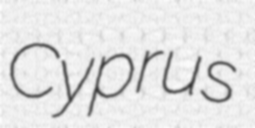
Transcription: Cyprus